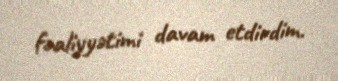
fəaliyyətimi davam etdirdim.